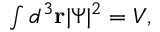
\begin{array} { r } { \int d ^ { 3 } { \bf r } | \Psi | ^ { 2 } = V , } \end{array}